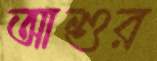
আশুর